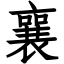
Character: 襄